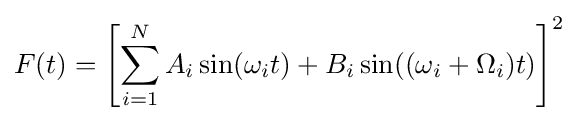
F(t)=\left[{\sum _{i=1}^{N}A_{i}\sin(\omega _{i}t)+B_{i}\sin((\omega _{i}+\Omega _{i})t)}\right]^{2}